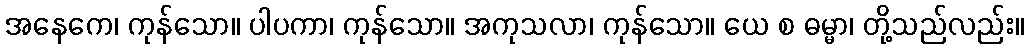
အနေကေ၊ ကုန်သော။ ပါပကာ၊ ကုန်သော။ အကုသလာ၊ ကုန်သော။ ယေ စ ဓမ္မာ၊ တို့သည်လည်း။